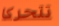
تتحركا